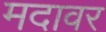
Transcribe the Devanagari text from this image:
मदावर